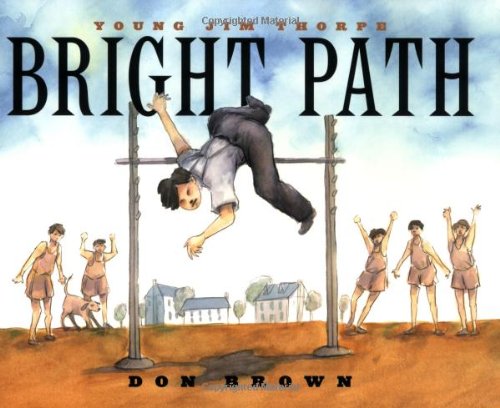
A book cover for Bright Path: Young Jim Thorpe; Don Brown; Children's Books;